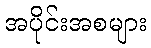
အပိုင်းအစများ